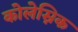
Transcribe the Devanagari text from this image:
कोलेस्निक